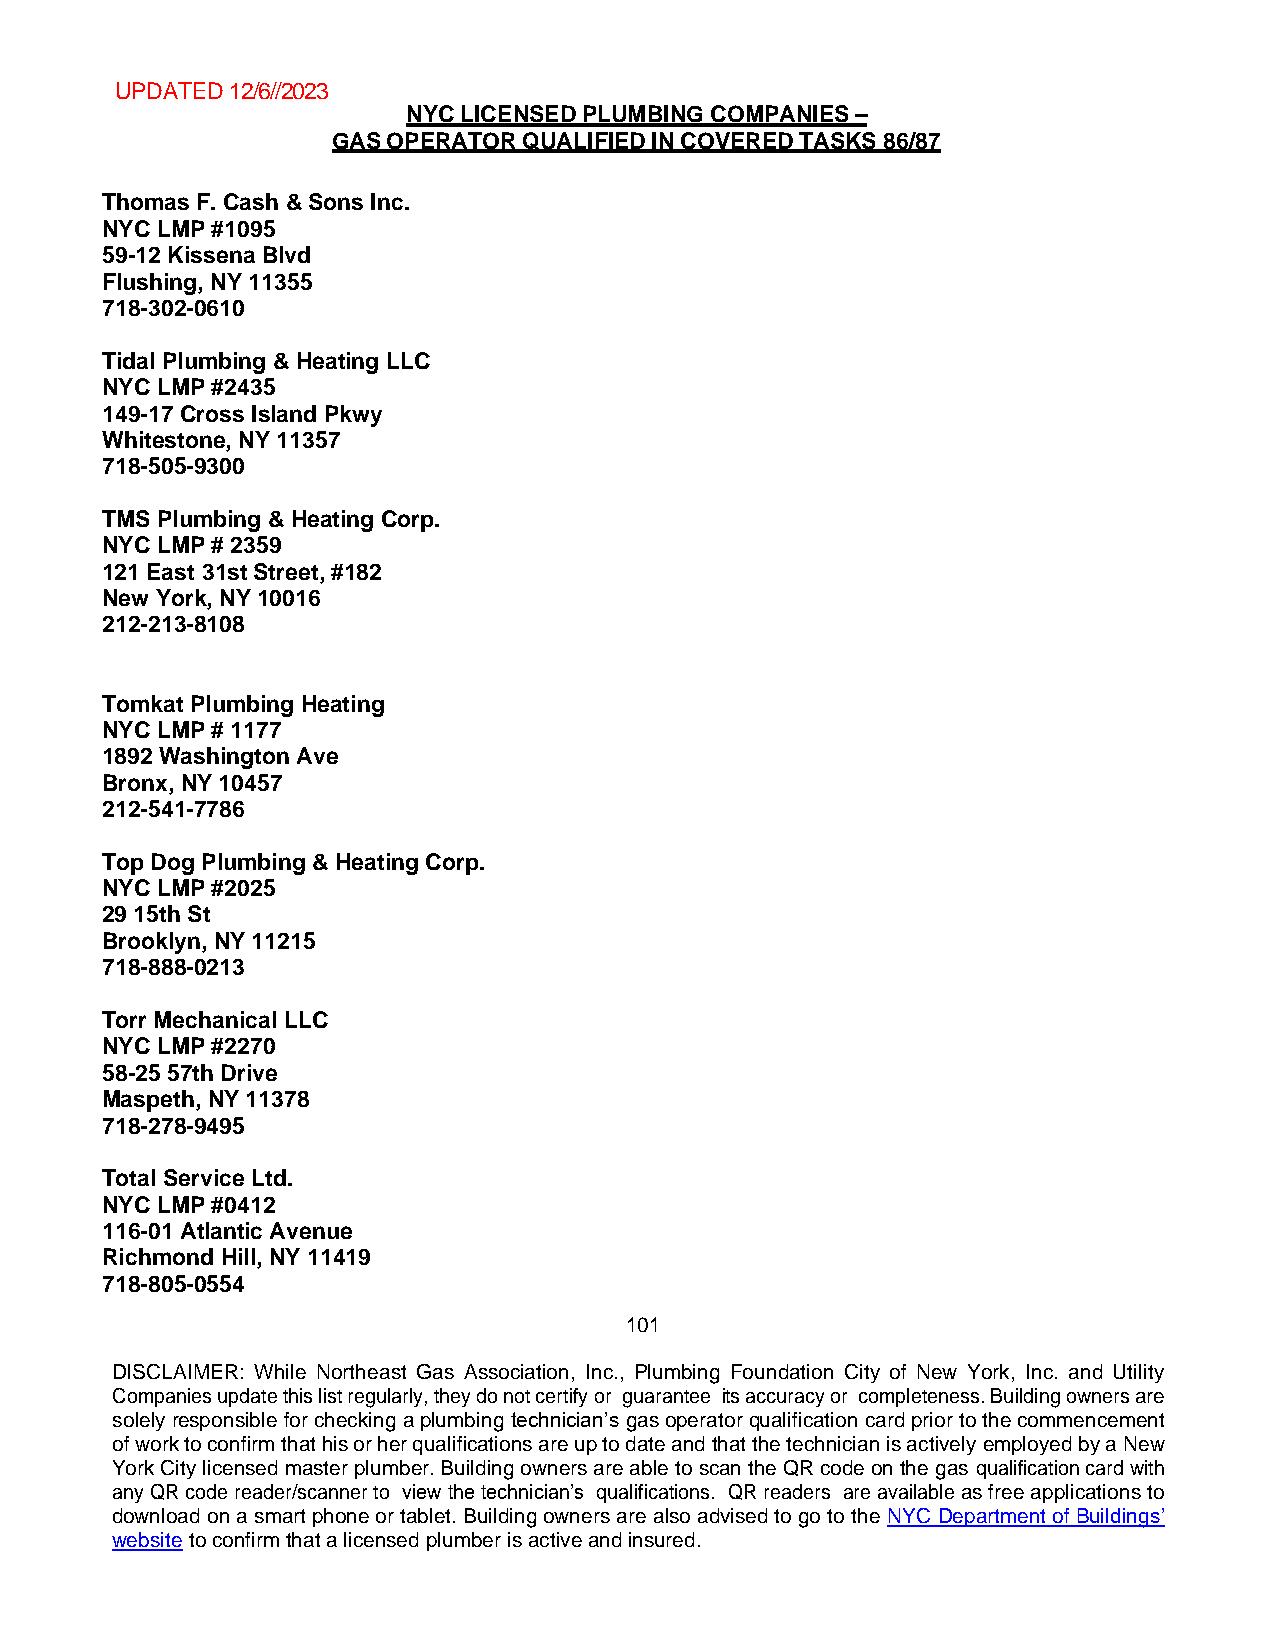
UPDATED 12/6//2023
 NYC LICENSED PLUMBING COMPANIES –
 GAS OPERATOR QUALIFIED IN COVERED TASKS 86/87
 Thomas F. Cash & Sons Inc.
 NYC LMP #1095
 59-12 Kissena Blvd
 Flushing, NY 11355
 718-302-0610
 Tidal Plumbing & Heating LLC
 NYC LMP #2435
 149-17 Cross Island Pkwy
 Whitestone, NY 11357
 718-505-9300
 TMS Plumbing & Heating Corp.
 NYC LMP # 2359
 121 East 31st Street, #182
 New York, NY 10016
 212-213-8108
 Tomkat Plumbing Heating
 NYC LMP # 1177
 1892 Washington Ave
 Bronx, NY 10457
 212-541-7786
 Top Dog Plumbing & Heating Corp.
 NYC LMP #2025
 29 15th St
 Brooklyn, NY 11215
 718-888-0213
 Torr Mechanical LLC
 NYC LMP #2270
 58-25 57th Drive
 Maspeth, NY 11378
 718-278-9495
 Total Service Ltd.
 NYC LMP #0412
 116-01 Atlantic Avenue
 Richmond Hill, NY 11419
 718-805-0554
 101
 DISCLAIMER: While Northeast Gas Association, Inc., Plumbing Foundation City of New York, Inc. and Utility
 Companies update this list regularly, they do not certify or guarantee its accuracy or completeness. Building owners are
 solely responsible for checking a plumbing technician’s gas operator qualification card prior to the commencement
 of work to confirm that his or her qualifications are up to date and that the technician is actively employed by a New
 York City licensed master plumber. Building owners are able to scan the QR code on the gas qualification card with
 any QR code reader/scanner to view the technician’s qualifications. QR readers are available as free applications to
 download on a smart phone or tablet. Building owners are also advised to go to the NYC Department of Buildings’
 website to confirm that a licensed plumber is active and insured.